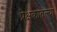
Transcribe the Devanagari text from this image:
प्रेक्षकातल्या